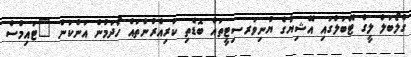
ގްލޯބަލް ލީގް ޓޭބަލްގައި އޭޝިޔާގެ ޔުނިވަރސިޓީތައް ބޮޑެތި ކުރިއެރުންތައް ހޯދަމުން އަންކަން "ޓައިމްސް